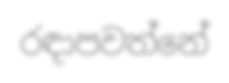
රඳාපවත්නේ